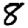
Digit: 8